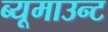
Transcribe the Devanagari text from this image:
ब्यूमाउन्ट